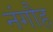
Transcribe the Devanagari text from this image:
नंगौह